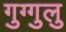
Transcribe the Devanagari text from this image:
गुग्गुलु